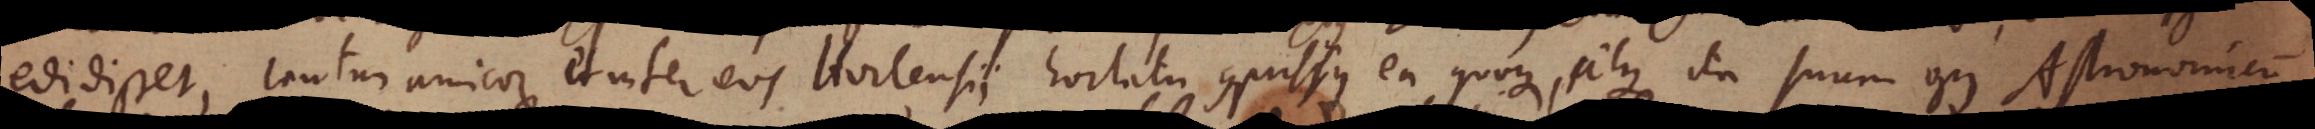
edidisset, tantum amicorum et inter eos Hortensii hortatu conpulsus ea quoque, atque ita suum opus Astronomicum